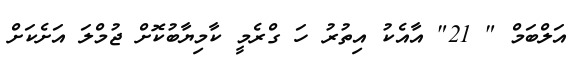
އަލްބަމް " 21" އާއެކު އިތުރު ހަ ގްރެމީ ކާމިޔާބުކޮށް ޖުމްލަ އަށެކަށް